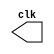
// ---------------------
// Exemplo 09_03 
// Nome: Jlio Czar Taveira Arajo
// ---------------------

//----------------------------
//---------Clock--------------
//----------------------------

module clock ( clk );

 output clk;
 reg    clk;

 initial
  begin
   clk = 1'b0;
  end

 always
  begin
   # 1clk = ~clk;
  end
  
endmodule


//----------------------------
//---------PULSO--------------
//----------------------------

module pulse ( signal, clock );

 input  clock;
 output signal;
 reg    signal;

 always @ ( clock )
  begin
       signal = 1'b0;
  #4   signal = 1'b1;
  #4   signal = 1'b0;
    
  
  end
  
  endmodule // pulse

//----------------------------
//---------Teste--------------
//----------------------------

module testpulse;

 wire  clock;
 clock clk ( clock );

 wire  p1;

 pulse   pulse1   ( p1, clock );

 initial begin
 
  $dumpfile ( "Ex0903.vcd" );
  $dumpvars (1, clock, p1);
   #480 $finish;

  end

endmodule //Ex0903